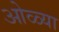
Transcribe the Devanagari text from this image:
ओळ्या